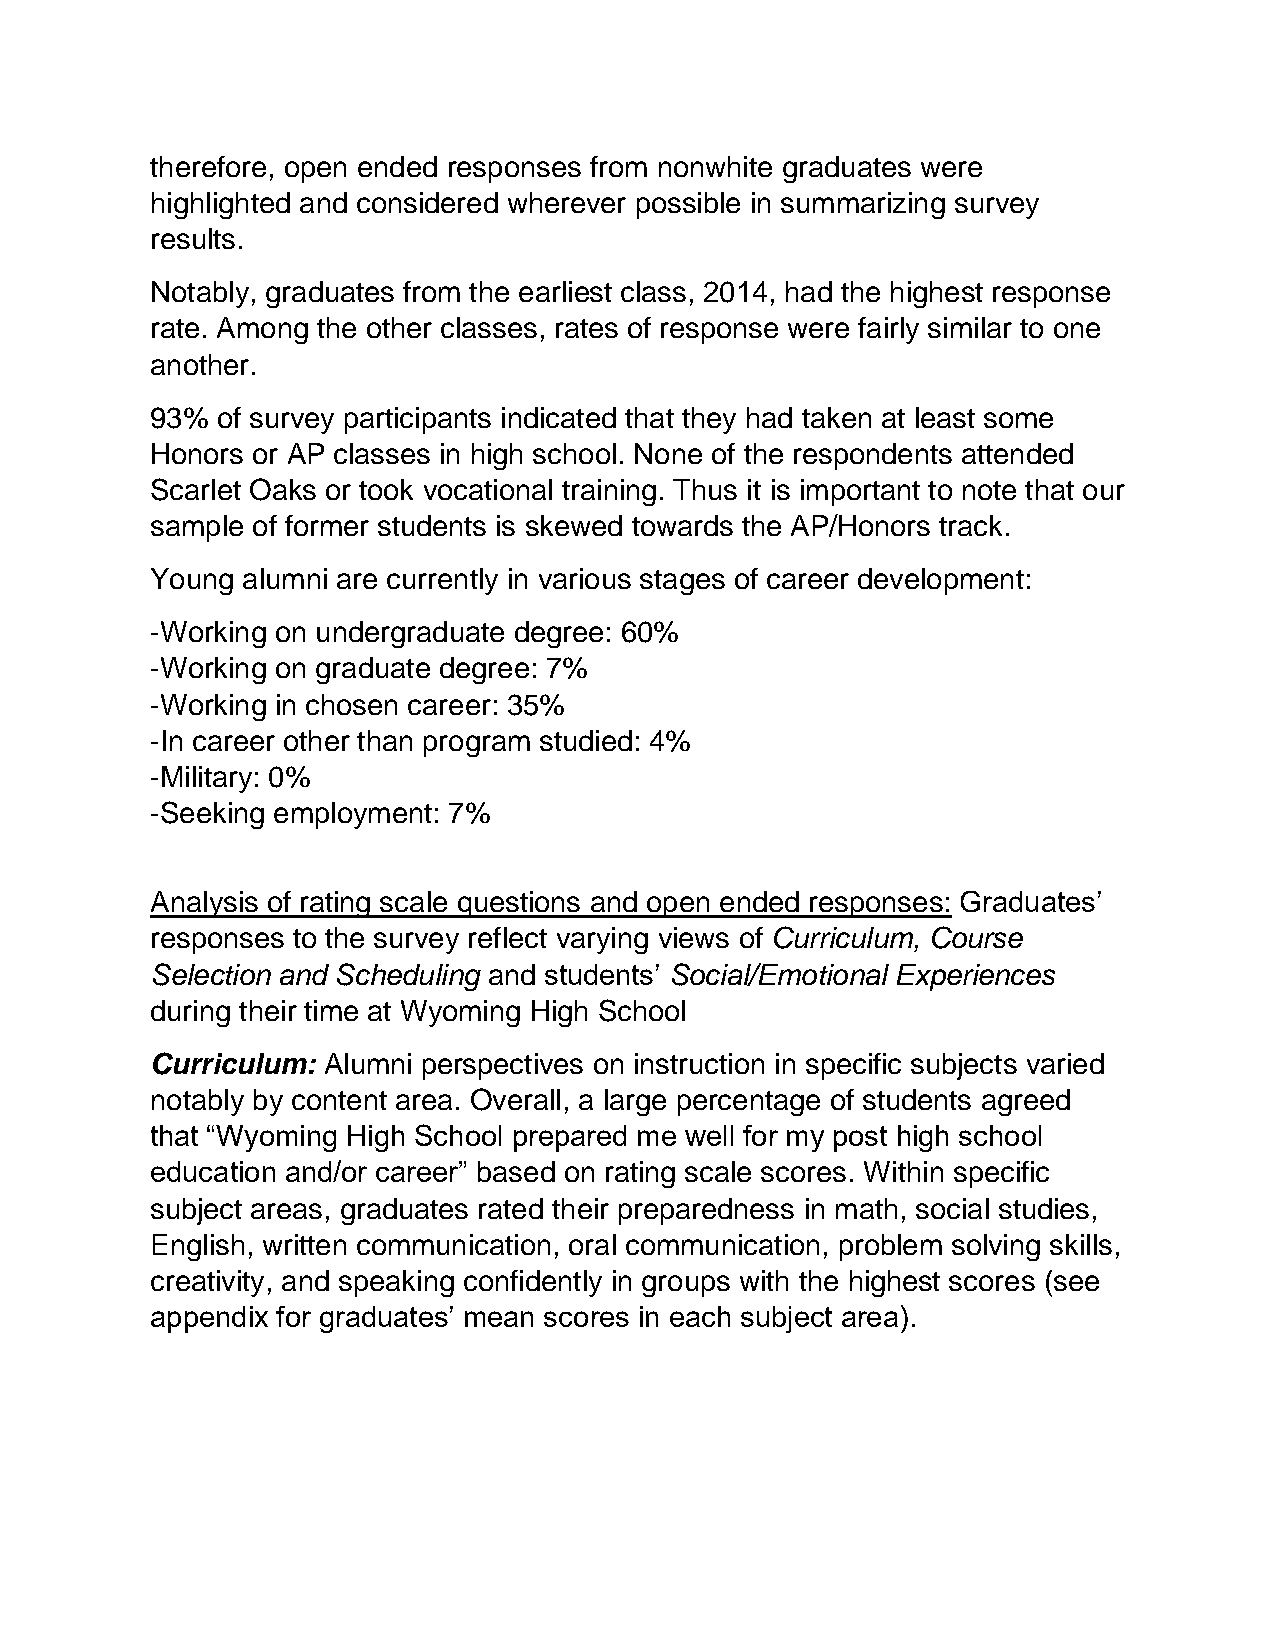
therefore, open ended responses from nonwhite graduates were
 highlighted and considered wherever possible in summarizing survey
 results.
 Notably, graduates from the earliest class, 2014, had the highest response
 rate. Among the other classes, rates of response were fairly similar to one
 another.
 93% of survey participants indicated that they had taken at least some
 Honors or AP classes in high school. None of the respondents attended
 Scarlet Oaks or took vocational training. Thus it is important to note that our
 sample of former students is skewed towards the AP/Honors track.
 Young alumni are currently in various stages of career development:
 -Working on undergraduate degree: 60%
 -Working on graduate degree: 7%
 -Working in chosen career: 35%
 -In career other than program studied: 4%
 -Military: 0%
 -Seeking employment: 7%
 Analysis of rating scale questions and open ended responses: Graduates’
 responses to the survey reflect varying views of Curriculum, Course
 Selection and Scheduling and students’ Social/Emotional Experiences
 during their time at Wyoming High School
 Curriculum: Alumni perspectives on instruction in specific subjects varied
 notably by content area. Overall, a large percentage of students agreed
 that “Wyoming High School prepared me well for my post high school
 education and/or career” based on rating scale scores. Within specific
 subject areas, graduates rated their preparedness in math, social studies,
 English, written communication, oral communication, problem solving skills,
 creativity, and speaking confidently in groups with the highest scores (see
 appendix for graduates’ mean scores in each subject area).